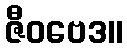
ဇီဝဗေဒ။